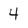
Character: 4